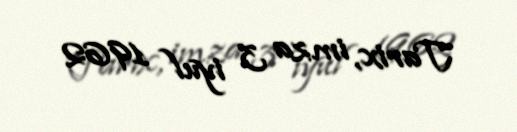
Tarix, imza 3 iyul 1962